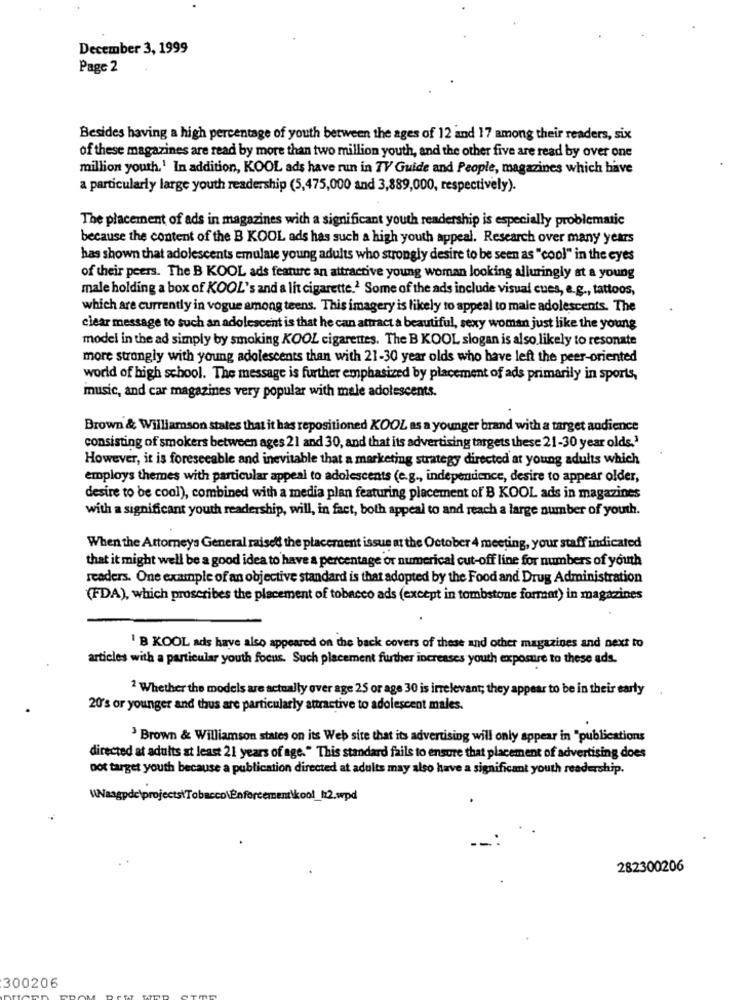
December 3, 1999
Page 2
Besides having a high percentage of youth between the ages of 12 and 17 among their readers, six
of these magazines are read by more than two million youth, and the other five are read by over one
million yourh.1 In addition, KOOL ads have run in TV Guide and People, magazines which have
a particularly large youth readership (5,475,000 and 3,889,000, respectively).
The placement of ads in magazines with a significant youth readership is especially problematic
because the content of the B KOOL ads has such a high youth appeal. Research over many years
has shown that adolescents emulate young adults who strongly desire to be seen as "cool" in the eyes
of their peers. The B KOOL ads feature an attractive young woman looking alluringly at a young
male holding a box of KOOL's and a lit cigarette.2 Some of the ads include visual cues, e.g ., tattoos,
which are currently in vogue among teens. This imagery is likely to appeal to male adolescents. The
clear message to such an adolescent is that he can attract a beautiful, sexy woman just like the young
model in the ad simply by smoking KOOL cigarettes. The B KOOL slogan is also likely to resonate
more strongly with young adolescents than with 21-30 year olds who have left the peer-oriented
world of high school. The message is further emphasized by placement of ads primarily in sports,
music, and car magazines very popular with male adolescents.
Brown & Williamson states that it has repositioned KOOL as a younger brand with a target audience
consisting of smokers between ages 21 and 30, and that its advertising targets these 21-30 year olds.'
However, it is foreseeable and inevitable that a marketing strategy directed at young adults which
employs themes with particular appeal to adolescents (e.g ., independence, desire to appear older,
desire to be cool), combined with a media plan featuring placement of B KOOL ads in magazines
with a significant youth readership, will, in fact, both appeal to and reach a large number of youth.
When the Attorneys General raised the placement issue at the October 4 meeting, your staff indicated
that it might well be a good idea to have a percentage or numerical cut-off line for numbers of youth
readers. One example of an objective standard is that adopted by the Food and Drug Administration
(FDA), which proscribes the placement of tobacco ads (except in tombstone format) in magazines
' B KOOL ads have also appeared on the back covers of these and other magazines and next to
articles with a particular youth focus. Such placement further increases youth exposure to these ads.
2 Whether the models are actually over age 25 or age 30 is irrelevant; they appear to be in their early
20's or younger and thus are particularly attractive to adolescent males.
' Brown & Williamson states on its Web site that its advertising will only appear in "publications
directed at adults at least 21 years of age." This standard fails to ensure that placement of advertising does
oot target youth because a publication directed at adults may also have a significant youth readership.
WWasgpde\projectsiTobacco\Enforcement\kool_h12.wpd
282300206
300206